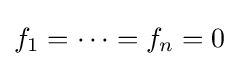
f_{1}=\cdots =f_{n}=0